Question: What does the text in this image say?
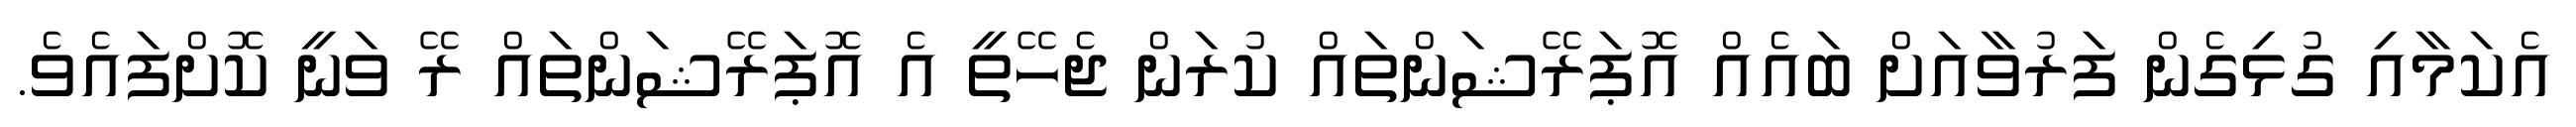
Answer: އެކަމާއި ގުޅިގެން ފަރުވާއަށް ބައެއް އޮޕަރޭޝަންތައް ކުރަން ޖެހޭތީ އެ އޮޕަރޭޝަންތައް ރޭ ވަނީ ކޮށްފައެވެ.